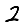
Digit: 2